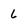
Character: 6